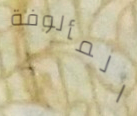
المألوفة